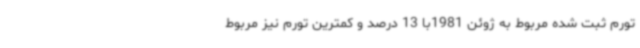
تورم ثبت شده مربوط به ژوئن 1981با 13 درصد و کمترین تورم نیز مربوط